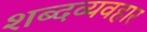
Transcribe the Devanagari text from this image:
शब्दव्यवहार